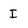
Character: I